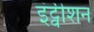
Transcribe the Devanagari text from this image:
इंट्वीशन